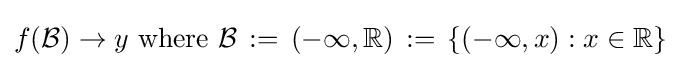
f({\mathcal {B}})\to y{\text{ where }}{\mathcal {B}}\,:=\,(-\infty ,\mathbb {R} )\,:=\,\{(-\infty ,x):x\in \mathbb {R} \}